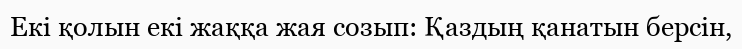
Екi қолын екi жаққа жая созып: Қаздың қанатын берсiн,